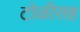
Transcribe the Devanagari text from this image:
टोळीसह